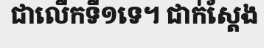
ជាលើកទី១ទេ។ ជាក់ស្តែង